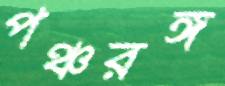
পঞ্চরঙ্গ